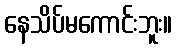
နေသိပ်မကောင်းဘူး။